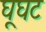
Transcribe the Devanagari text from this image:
घूघट